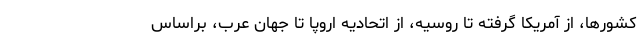
کشورها، از آمریکا گرفته تا روسیه، از اتحادیه اروپا تا جهان عرب، براساس